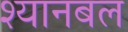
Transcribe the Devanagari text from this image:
श्यानबल